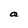
Character: a